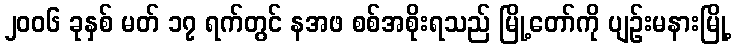
၂၀၀၆ ခုနှစ် မတ် ၁၇ ရက်တွင် နအဖ စစ်အစိုးရသည် မြို့တော်ကို ပျဉ်းမနားမြို့